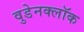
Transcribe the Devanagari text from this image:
वुडेनक्लॉक